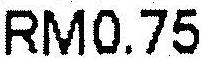
RM0.75